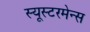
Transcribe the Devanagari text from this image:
स्यूस्टरमेन्स